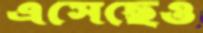
এসেছেও